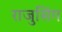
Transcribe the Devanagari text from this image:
राजुसिंग